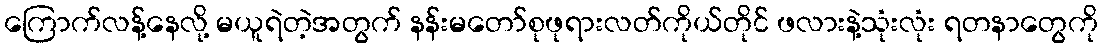
ကြောက်လန့်နေလို့ မယူရဲတဲ့အတွက် နန်းမတော်စုဖုရားလတ်ကိုယ်တိုင် ဖလားနဲ့သုံးလုံး ရတနာတွေကို